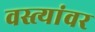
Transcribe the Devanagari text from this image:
वस्त्यांवर